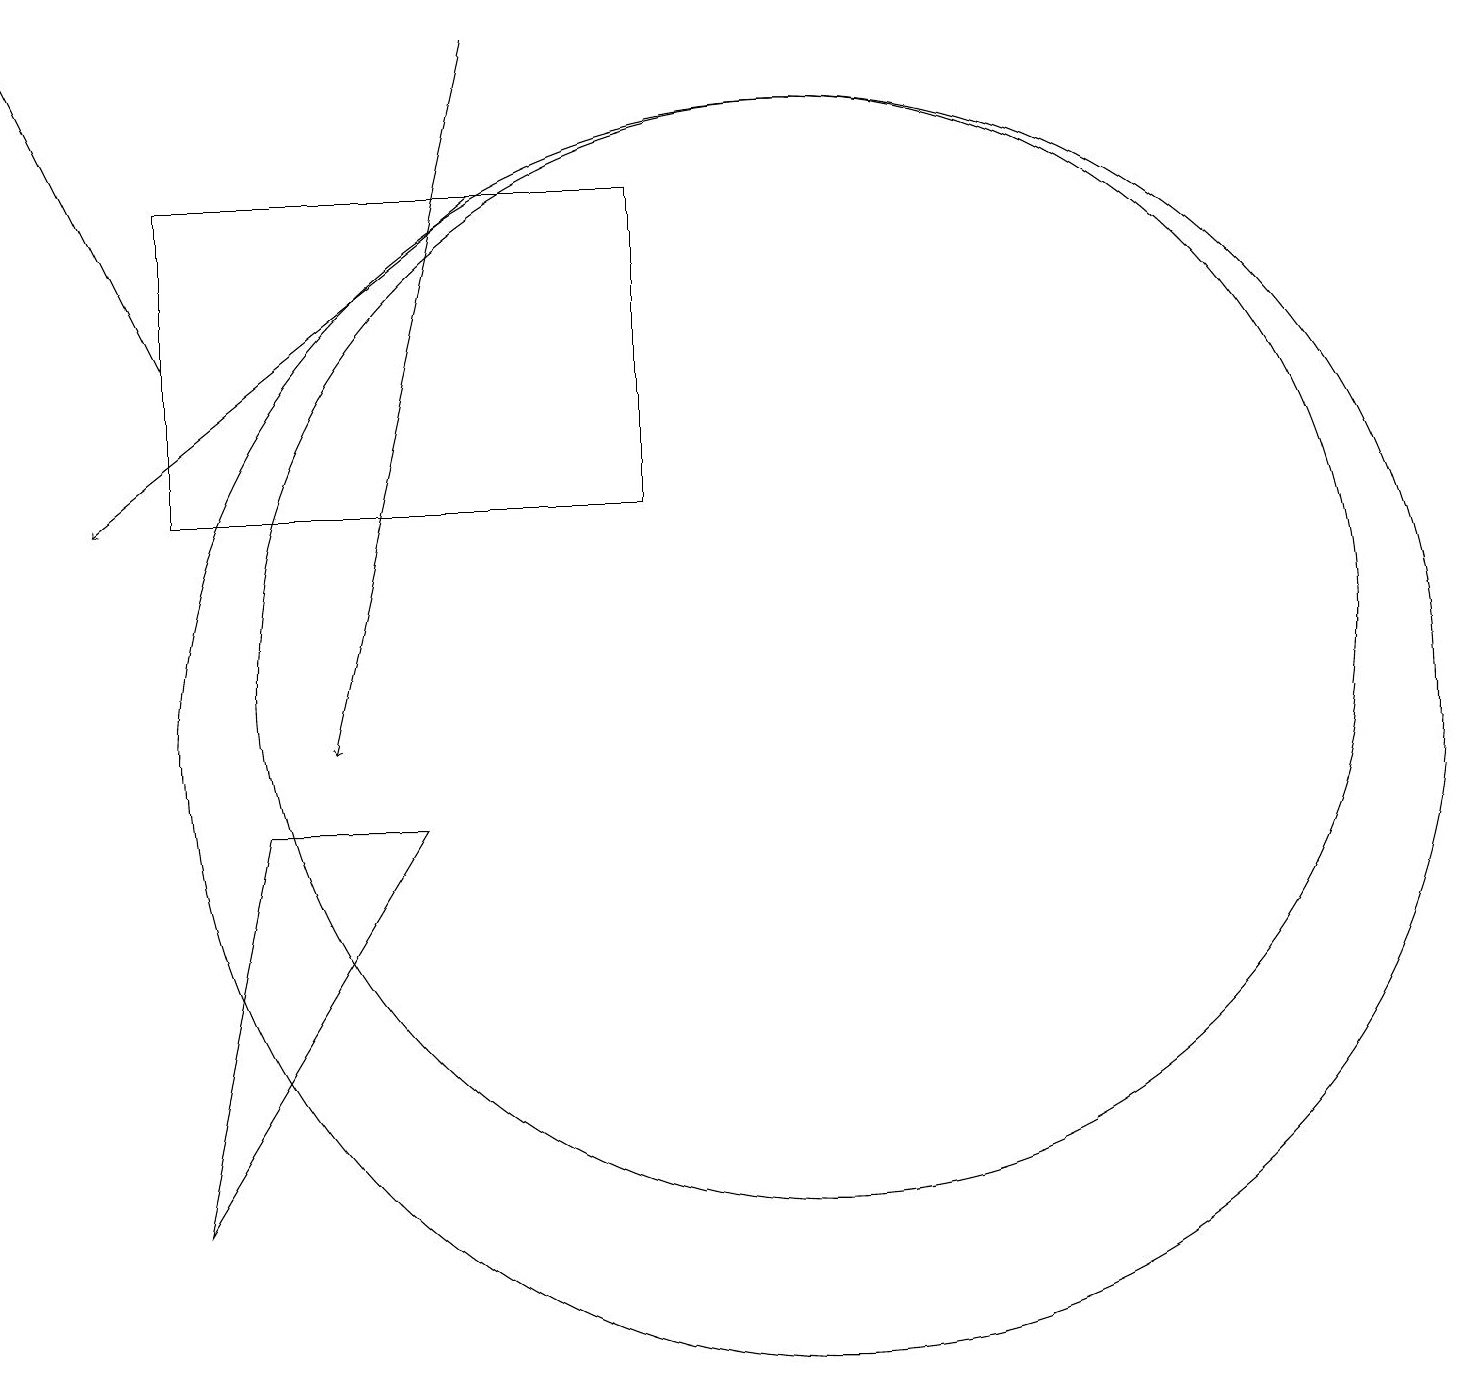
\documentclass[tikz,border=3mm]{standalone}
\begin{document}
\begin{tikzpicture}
\draw[->] (3,15) -- (1,19);
\draw (11,10) circle (8);
\draw[->] (7,17) -- (2,13);
\draw (11,11) circle (7);
\draw[->] (7,19) -- (5,10);
\draw (4,9) -- (3,4) -- (6,9) -- cycle;
\draw (3,17) rectangle (9,13);
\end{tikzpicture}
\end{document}